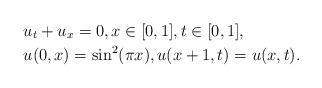
LaTeX: \begin{align*}&u_{t}+u_{x}=0, x\in[0,1], t\in[0,1], \\&u(0,x)=\sin^{2}(\pi x), u(x+1,t)=u(x,t).\end{align*}